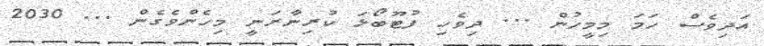
އަދިވެސް ހަމަ މިމީހުން ... ދިވެހި ފުޓޫބޯޅަ ކުރިނާރަނީ މިހެންވެގެން ... 2030